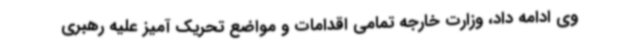
وی ادامه داد، وزارت خارجه تمامی اقدامات و مواضع تحریک آمیز علیه رهبری